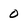
Character: 0